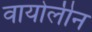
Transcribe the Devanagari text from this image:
वायोलीन